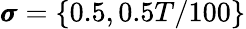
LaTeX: \pmb{\sigma}=\{ 0.5,0.5T/100\}